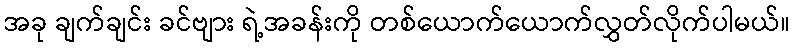
အခု ချက်ချင်း ခင်ဗျား ရဲ့အခန်းကို တစ်ယောက်ယောက်လွှတ်လိုက်ပါမယ်။